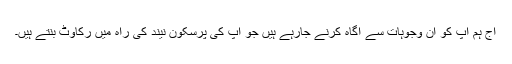
آج ہم آپ کو ان وجوہات سے آگاہ کرنے جارہے ہیں جو آپ کی پرسکون نیند کی راہ میں رکاوٹ بنتے ہیں۔